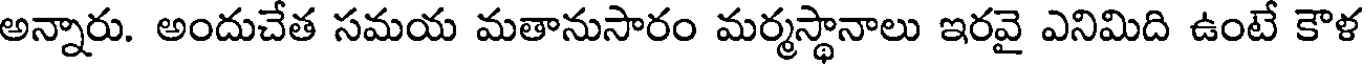
అన్నారు. అందుచేత సమయ మతానుసారం మర్మస్థానాలు ఇరవై ఎనిమిది ఉంటే కౌళ